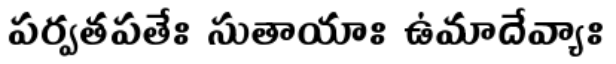
పర్వతపతేః సుతాయాః ఉమాదేవ్యాః